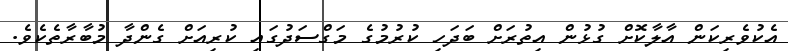
އެކުވެރިކަން އާލާކޮށް ގުޅުން އިތުރަށް ބަދަހި ކުރުމުގެ މަގްސަދުގައި ކުރިއަށް ގެންދާ މުބާރާތެކެވެ.